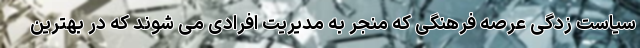
سیاست زدگی عرصه فرهنگی که منجر به مدیریت افرادی می شوند که در بهترین